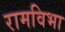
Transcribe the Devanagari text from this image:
रामविभा